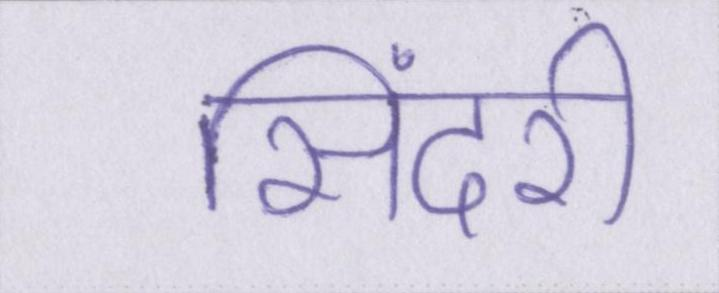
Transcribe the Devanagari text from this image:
सिंदरी